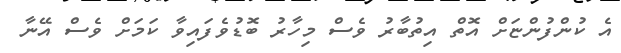
އެ ކުންފުންޏަށް އޮތް އިތުބާރު ވެސް މިހާރު ބޮޑުވެފައިވާ ކަމަށް ވެސް އޭނާ